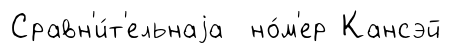
Сравн'и́т'ельнаjа но́м'ер Кансэй